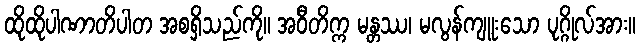
ထိုထိုပါဏာတိပါတ အစရှိသည်ကို။ အဝီတိက္က မန္တဿ၊ မလွန်ကျူးသော ပုဂ္ဂိုလ်အား။